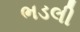
ભડલી